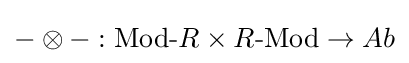
-\otimes -:{\text{Mod-}}R\times R{\text{-Mod}}\to Ab